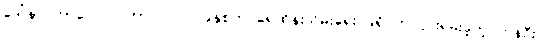
ဒေါ်နာ ကာလေလ် ဟာ ၂၀၁၇ ခုနှစ်က ရေထိန်းသိမ်းရေး ခရိုင်က ငှားရမ်းခဲ့တဲ့ ကနဦး